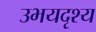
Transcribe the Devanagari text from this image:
उभयदृश्य